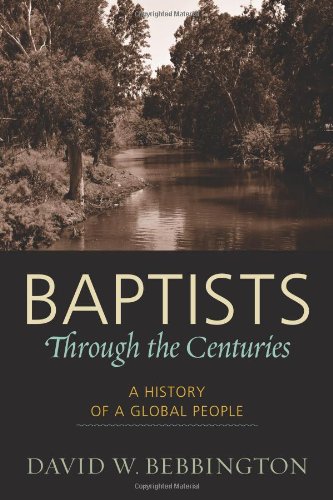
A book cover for Baptists through the Centuries: A History of a Global People; David Bebbington; Christian Books & Bibles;